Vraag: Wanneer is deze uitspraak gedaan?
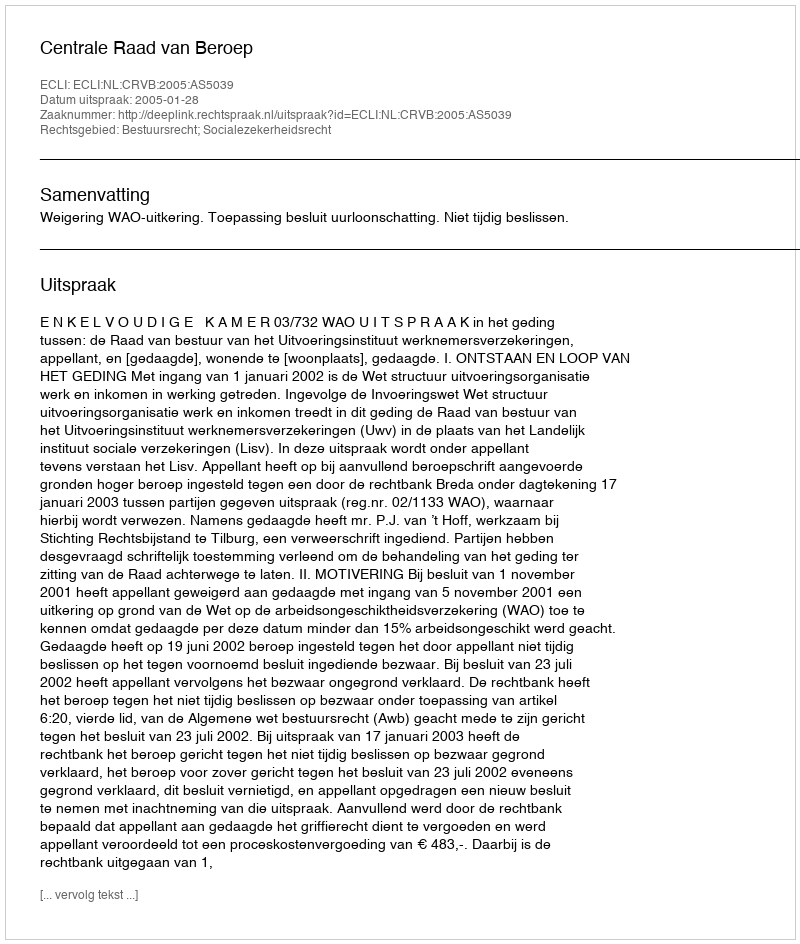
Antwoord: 2005-01-28